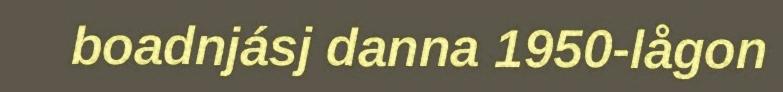
boadnjásj danna 1950-lågon